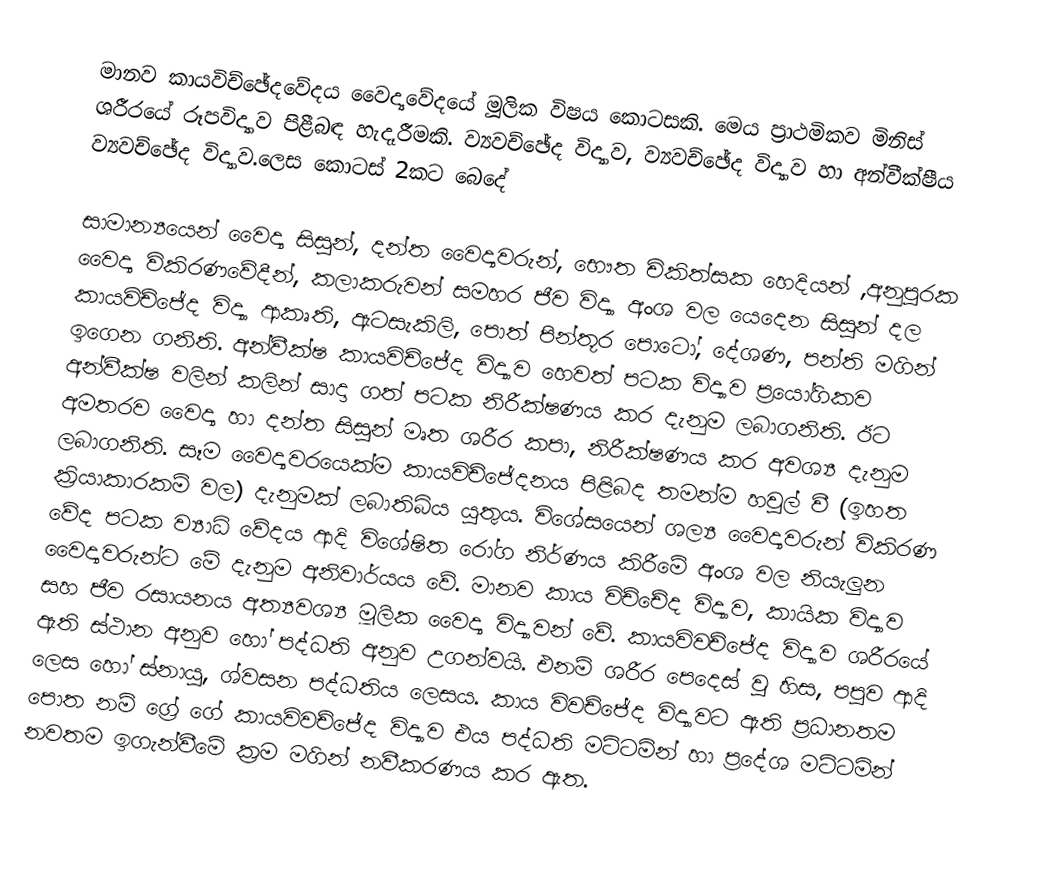
මානව කායවිච්ඡේදවේදය වෛද්‍යවේදයේ මූලික විෂය කොටසකි. මෙය ප්‍රාථමිකව	මිනිස් ශරීරයේ රූපවිද්‍යාව පිළීබඳ හැදෑරීමකි. ව්‍යවච්ඡේද විද්‍යාව, ව්‍යවච්ඡේද විද්‍යාව හා අන්වීක්ෂීය ව්‍යවච්ඡේද විද්‍යාව.ලෙස කොටස් 2කට බෙදේ

සාමාන්‍යයෙන් වෛද්‍ය සිසුන්, දන්ත වෛද්‍යවරුන්, භෞත චිකිත්සක හෙදියන් ,අනුපුරක වෛද්‍ය විකිරණවේදීන්, කලාකරුවන් සමහර ජීව විද්‍යා අංශ වල යෙදෙන සිසුන් දල කායවිච්ජේද විද්‍යා ආකෘති, ඇටසැකිලි, පොත් පින්තූර පොටෝ, දේශණ, පන්ති මගින් ඉගෙන ගනිති. අන්වීක්ෂ කායවිච්ජේද විද්‍යාව හෙවත් පටක විද්‍යාව ප්‍රයෝගිකව අන්වීක්ෂ වලින් කලින් සාදා ගත් පටක නිරීක්ෂණය කර දැනුම ලබාගනිති. ඊට අමතරව වෛද්‍ය හා දන්ත සිසුන් මෘත ශරීර කපා, නිරීක්ෂණය කර අවශ්‍ය දැනුම ලබාගනිති. සෑම වෛද්‍යවරයෙක්ම කායවිච්ජේදනය පිළිබද තමන්ම හවුල් වී (ඉහත ක්‍රියාකාරකම් වල) දැනුමක් ලබාතිබිය යුතුය. විශේසයෙන් ශල්‍ය වෛද්‍යවරුන් විකිරණ වේද පටක ව්‍යාධි වේදය ආදි විශේෂිත රෝග නිර්ණය කිරීමේ අංශ වල නියැලුන වෛද්‍යවරුන්ට මේ දැනුම අනිවාර්යය වේ. මානව කාය විච්චේද විද්‍යාව, කායික විද්‍යාව සහ ජීව රසායනය අත්‍යවශ්‍ය මූලික වෛද්‍ය විද්‍යාවන් වේ. කායවිවච්ජේද විද්‍යාව ශරීරයේ ඇති ස්ථාන අනුව හෝ පද්ධති අනුව උගන්වයි. එනම් ශරීර පෙදෙස් වු හිස, පපුව ආදි ලෙස හෝ ස්නායු, ශ්වසන පද්ධතිය ලෙසය. කා‍ය විවච්ජේද විද්‍යාවට ඇති ප්‍රධානතම පොත නම් ග්‍රේ ගේ කායවිවච්ජේද විද්‍යාව එය පද්ධති මට්ටමින් හා ප්‍රදේශ මට්ටමින් නවතම ඉගැන්වීමේ ක්‍රම මගින් නවීකරණය කර ඇත.